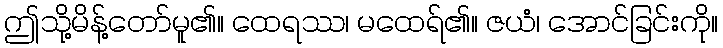
ဤသို့မိန့်တော်မူ၏။ ထေရဿ၊ မထေရ်၏။ ဇယံ၊ အောင်ခြင်းကို။